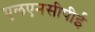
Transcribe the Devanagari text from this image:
एलएनसीपीई